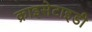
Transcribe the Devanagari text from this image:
क्राइसेटाइडी